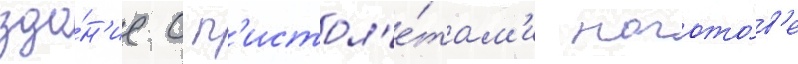
зда́н'ие с п'истол'е́там'и нагото́в'е